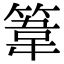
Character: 𥯤